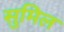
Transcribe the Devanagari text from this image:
सुमिल